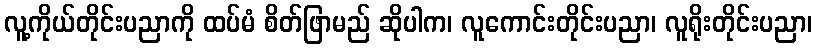
လူ့ကိုယ်တိုင်းပညာကို ထပ်မံ စိတ်ဖြာမည် ဆိုပါက၊ လူကောင်းတိုင်းပညာ၊ လူရိုးတိုင်းပညာ၊